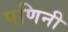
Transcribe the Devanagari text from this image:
पणिनी